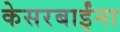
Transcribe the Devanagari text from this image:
केसरबाईंना